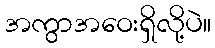
အကွာအဝေးရှိလို့ပဲ။